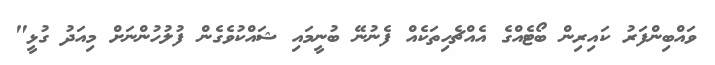
ވައްބިންފަރު ކައިރިން ބޯޓެއްގެ އެއްޗެހިތަކެއް ފެނުނޭ ބުނީމައި ޝައްކުވެގެން ފުލުހުންނަށް މިއަދު ގުޅީ"